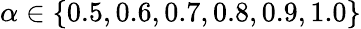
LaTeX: \alpha\in\{ 0.5,0.6,0.7,0.8,0.9,1.0\}